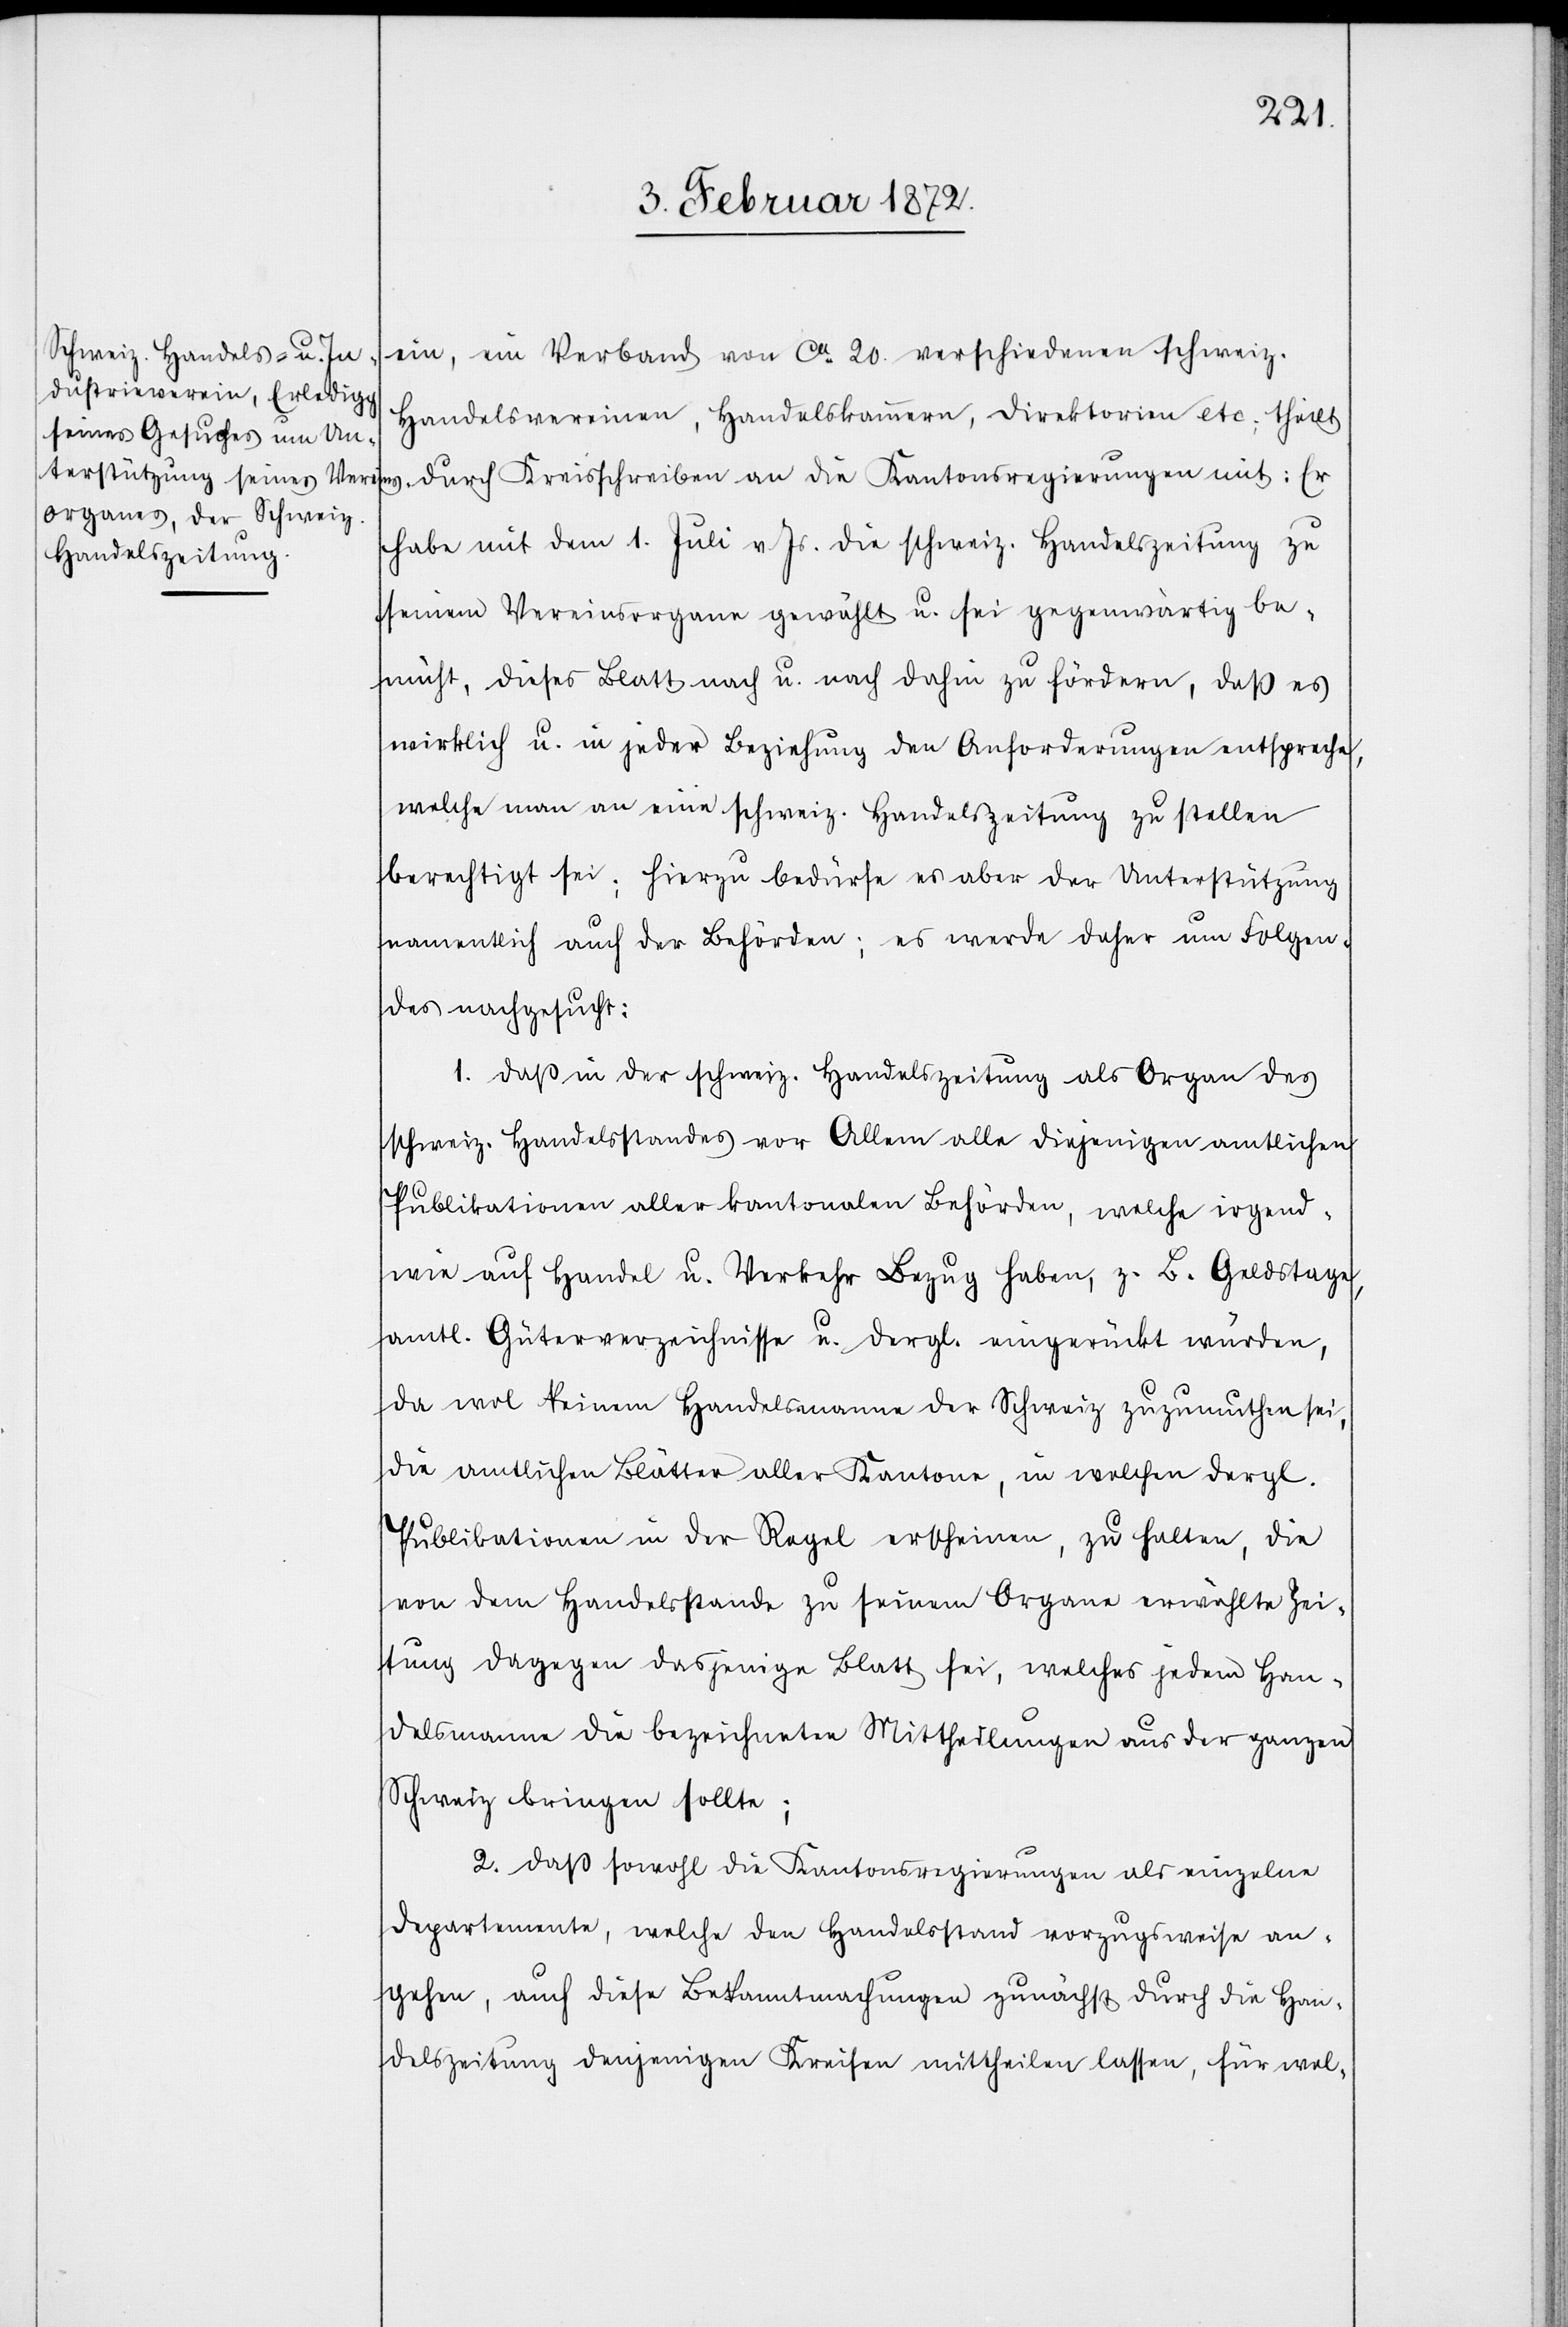
ein, ein Verband [sic!] von ca 20. verschiedenen schweiz.
Handelsvereinen, Handelskammern, Direktorien etc. theilt
durch Kreisschreiben an die Kantonsregierungen mit: Er
habe mit dem 1. Juli v Js. die schweiz. Handelszeitung zu
seinem Vereinsorgan gewählt u. sei gegenwärtig be¬
müht, dieses Blatt nach u. nach dahin zu fördern, daß es
wirklich u. in jeder Beziehung den Anforderungen entspreche,
welche man an eine schweiz. Handelszeitung zu stellen
berechtigt sei; hierzu bedürfe es aber der Unterstützung
namentlich auch der Behörden; es werde daher um Folgen¬
des nachgesucht:
1. Daß in der schweiz. Handelszeitung als Organ des
schweiz. Handelsstandes vor Allem alle diejenigen amtlichen
Publikationen aller kantonalen Behörden, welche irgend¬
wie auf Handel u. Verkehr Bezug haben, z. B. Geldstage,
amtl. Güterverzeichnisse u. dergl. eingerückt würden,
da wol keinem Handelsmanne der Schweiz zuzumuthen sei,
die amtlichen Blätter aller Kantone, in welchen dergl.
Publikationen in der Regel erscheinen, zu halten, die
von dem Handelsstande zu seinem Organe erwählte Zei¬
tung dagegen dasjenige Blatt sei, welches jedem Han¬
delsmanne die bezeichneten Mittheilungen aus der ganzen
Schweiz bringen sollte;
2. Daß sowohl die Kantonsregierungen als einzelne
Departemente, welche den Handelsstand vorzugsweise an¬
gehen, auch diese Bekanntmachungen zunächst durch die Han¬
delszeitung denjenigen Kreisen mittheilen lassen, für wel-